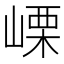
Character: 㟳